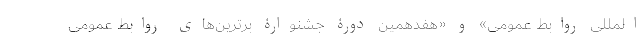
‌المللی روابط عمومی» و «هفدهمین دورۀ جشنوارۀ برترین‌های روابط عمومی